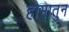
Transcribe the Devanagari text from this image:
होमातुन